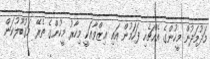
މަދުމަދުން މީހުންގެ އެއްޗެހި ފަހަމުން އައި ޢިޒްވާއަކީ މިހާރު މީހުންގެ ތެރޭ މަޤުބޫލުކަން